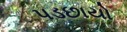
પડછાયો